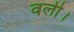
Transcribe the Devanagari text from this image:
वली।